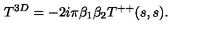
T ^ { 3 D } = - 2 i \pi \beta _ { 1 } \beta _ { 2 } T ^ { + + } ( s , s ) .